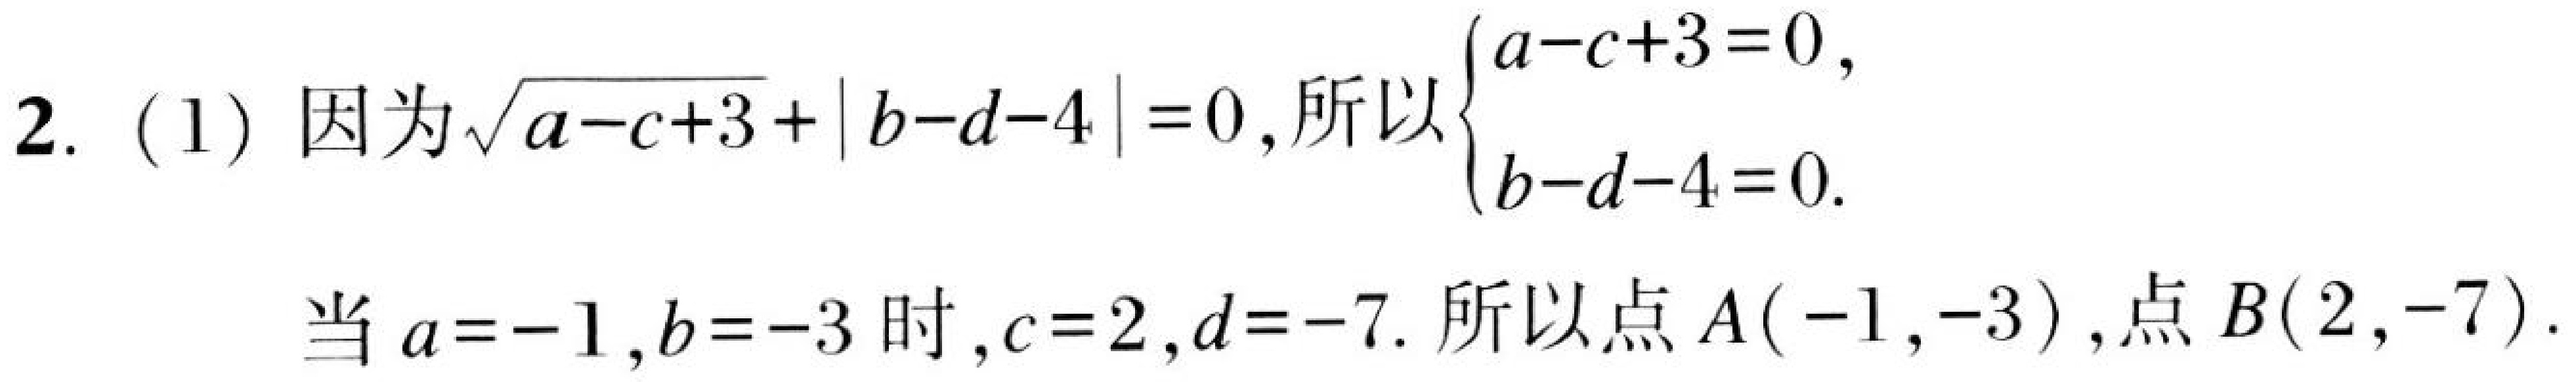
2. (1) 因为\(\sqrt{a - c + 3}+\vert b - d - 4\vert = 0\)，所以\(\begin{cases}a - c + 3 = 0,\\b - d - 4 = 0.\end{cases}\)
当\(a = - 1\)，\(b = - 3\)时，\(c = 2\)，\(d = - 7\). 所以点\(A(-1,-3)\)，点\(B(2,-7)\).